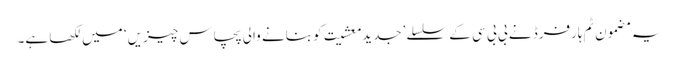
یہ مضمون ٹِم ہارفرڈ نے بی بی سی کے سلسلے ’جدید معشیت کو بنانے والی پچاس چیزیں‘ میں لکھا ہے۔